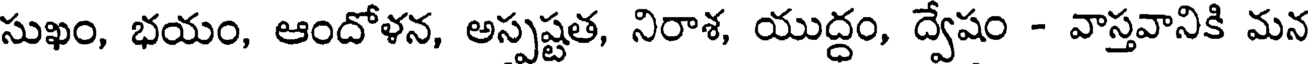
సుఖం, భయం, ఆందోళన, అస్పష్టత, నిరాశ, యుద్ధం, ద్వేషం - వాస్తవానికి మన